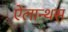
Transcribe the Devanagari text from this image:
ऐलान्थस